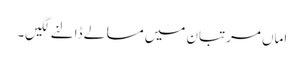
اماں مرتبان میں مسالے ڈالنے لگیں۔